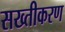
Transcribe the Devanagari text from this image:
सख्तीकरण